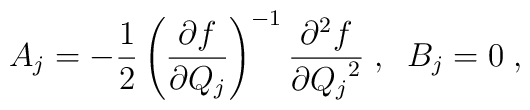
A_j = - \frac{1}{2} \left ( \frac{ \partial f }{ \partial Q_j } \right)^{-1} \frac{ \partial^2 f }{ \partial {Q_j}^2 } \; ,\; \; B_j = 0 \; ,